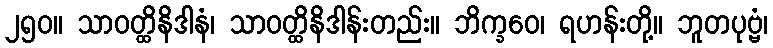
၂၅၀။ သာဝတ္ထိနိဒါနံ၊ သာဝတ္ထိနိဒါန်းတည်း။ ဘိက္ခဝေ၊ ရဟန်းတို့။ ဘူတပုဗ္ဗံ၊